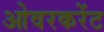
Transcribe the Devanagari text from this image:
ओवरकरेंट